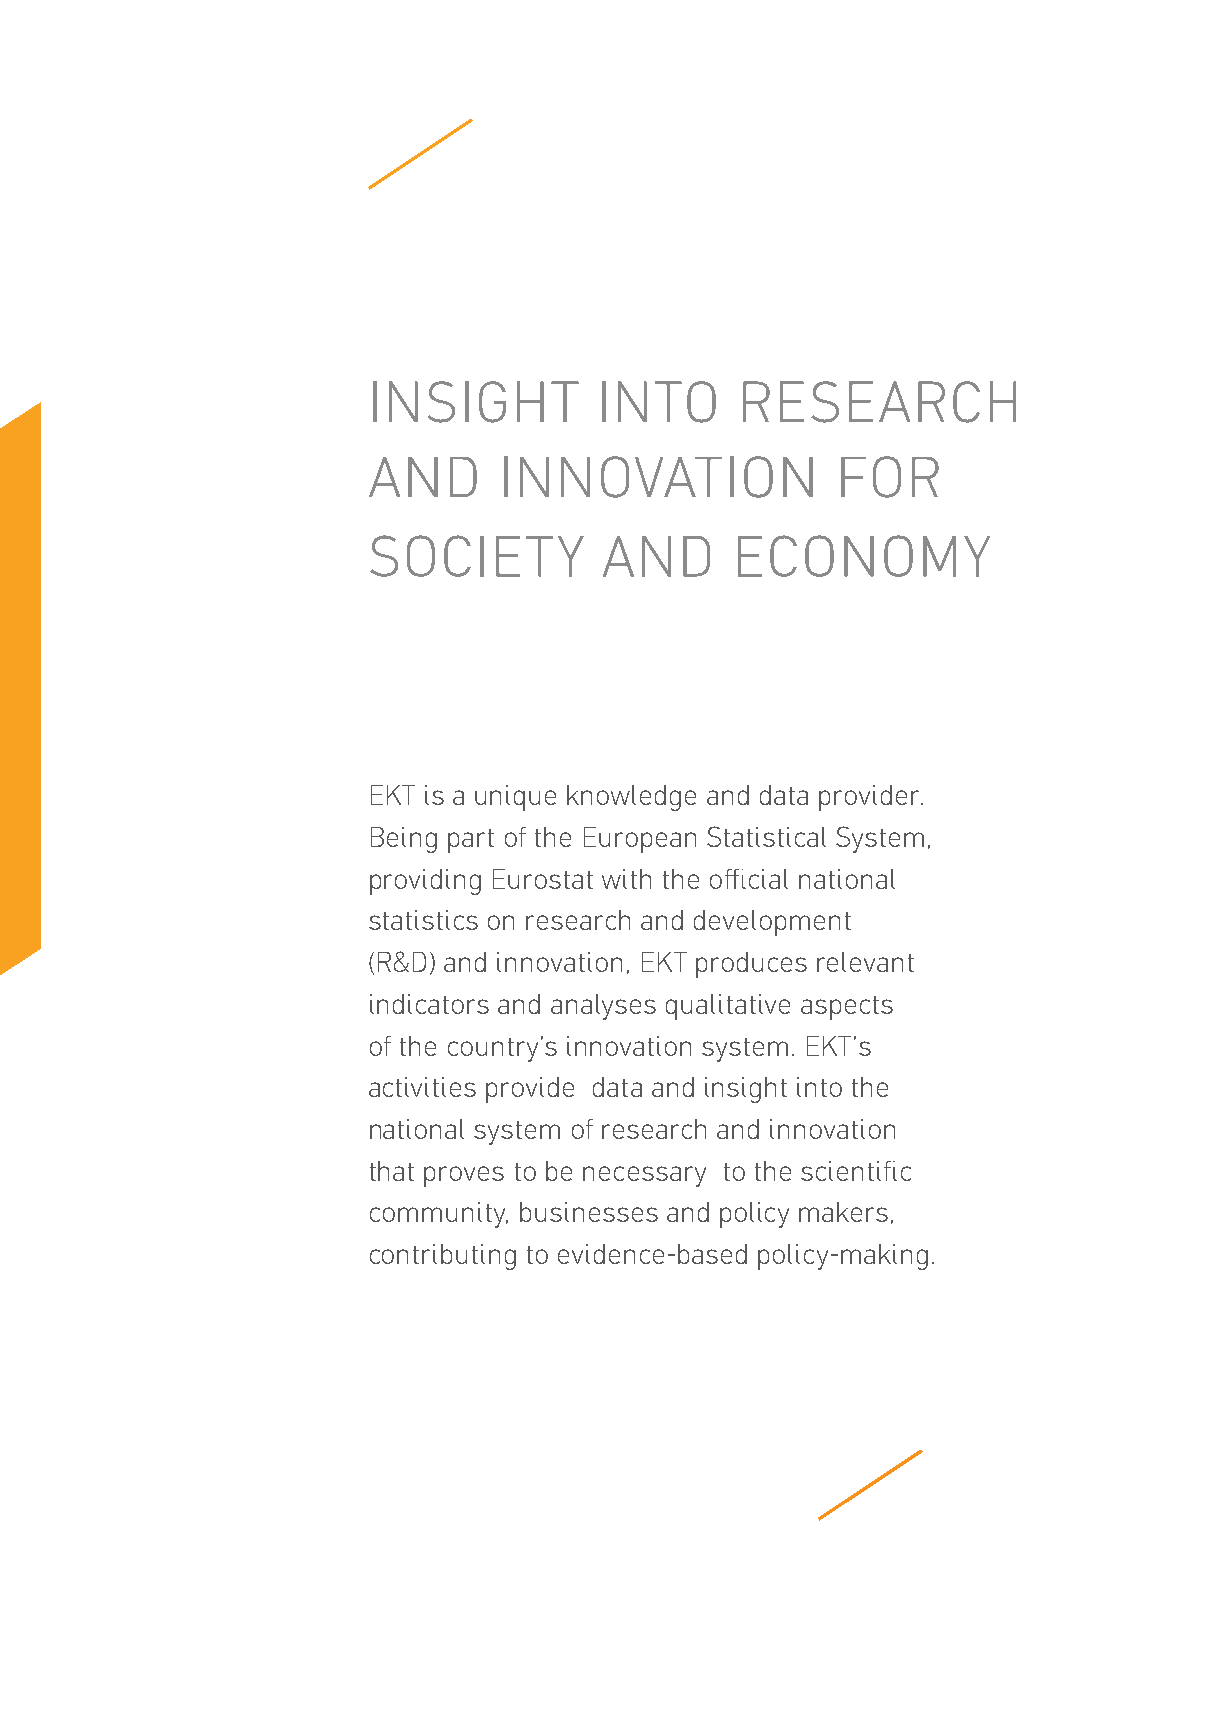
INSIGHT         INTO     RESEARCH
 AND      INNOVATION            FOR
 SOCIETY         AND     ECONOMY
 EKT is a unique knowledge and data provider.
 Being part of the European Statistical System,
 providing Eurostat with the official national
 statistics on research and development
 (R&D) and innovation, EKT produces relevant
 indicators and analyses qualitative aspects
 of the country’s innovation system. EKT’s
 activities provide data and insight into the
 national system of research and innovation
 that proves to be necessary to the scientific
 community, businesses and policy makers,
 contributing to evidence-based policy-making.